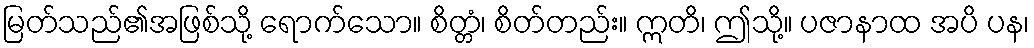
မြတ်သည်၏အဖြစ်သို့ ရောက်သော။ စိတ္တံ၊ စိတ်တည်း။ ဣတိ၊ ဤသို့။ ပဇာနာထ အပိ ပန၊